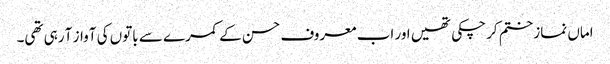
اماں نماز ختم کر چکی تھیں اور اب معروف حسن کے کمرے سے باتوں کی آواز آ رہی تھی۔